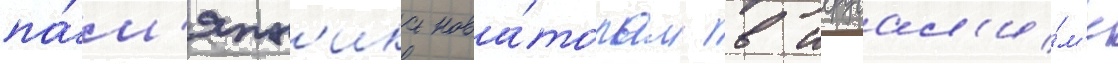
па́м'ятн'ика нова́торам в иерусал'и́м'е